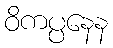
ဝိကပ္ပနေန